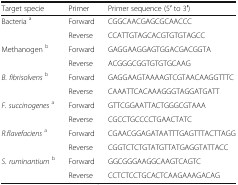
| Target specie | Primer | Primer sequence (5′ to 3′) |
 | --- | --- | --- |
 | <ROWSPAN=2> Bacteria a | Forward | CGGCAACGAGCGCAACCC |
 | Reverse | CCATTGTAGCACGTGTGTAGCC |
 | <ROWSPAN=2> Methanogen b | Forward | GAGGAAGGAGTGGACGACGGTA |
 | Reverse | ACGGGCGGTGTGTGCAAG |
 | <ROWSPAN=2> B. fibrisolvensb | Forward | GAGGAAGTAAAAGTCGTAACAAGGTTTC |
 | Reverse | CAAATTCACAAAGGGTAGGATGATT |
 | <ROWSPAN=2> F. succinogenesa | Forward | GTTCGGAATTACTGGGCGTAAA |
 | Reverse | CGCCTGCCCCTGAACTATC |
 | <ROWSPAN=2> R.flavefaciensa | Forward | CGAACGGAGATAATTTGAGTTTACTTAGG |
 | Reverse | CGGTCTCTGTATGTTATGAGGTATTACC |
 | <ROWSPAN=2> S. ruminantiumb | Forward | GGCGGGAAGGCAAGTCAGTC |
 | Reverse | CCTCTCCTGCACTCAAGAAAGACAG |